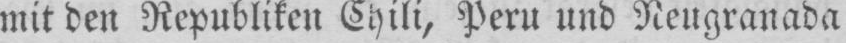
mit den Republiken Chili, Peru und Neugranada